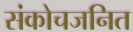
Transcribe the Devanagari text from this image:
संकोचजनित